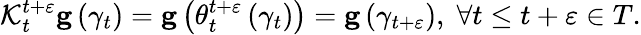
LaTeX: \begin{array}{r}{\mathcal{K}_{t}^{t+\varepsilon}\mathbf{g}\left(\gamma_{t}\right)=\mathbf{g}\left(\theta_{t}^{t+\varepsilon}\left(\gamma_{t}\right)\right)=\mathbf{g}\left(\gamma_{t+\varepsilon}\right),\; \forall t\leq t+\varepsilon\in T.}\end{array}